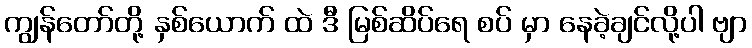
ကျွန်တော်တို့ နှစ်ယောက် ထဲ ဒီ မြစ်ဆိပ်ရေ စပ် မှာ နေခဲ့ချင်လို့ပါ ဗျာ